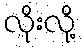
လိုးလို့